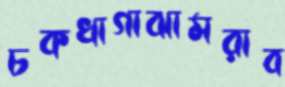
চকখাগাঝামরাব